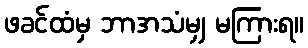
ဖခင်ထံမှ ဘာအသံမျှ မကြားရ။